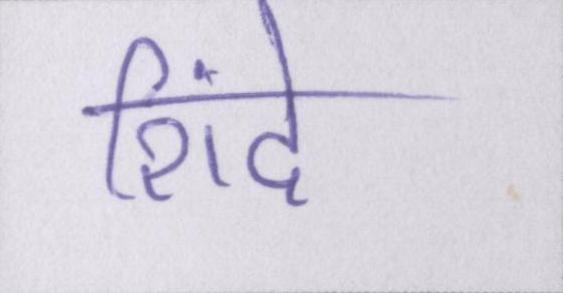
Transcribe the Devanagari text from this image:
शिंदे